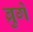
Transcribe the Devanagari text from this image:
ब्रुगे